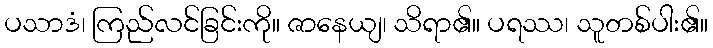
ပသာဒံ၊ ကြည်လင်ခြင်းကို။ ဇာနေယျ၊ သိရာ၏။ ပရဿ၊ သူတစ်ပါး၏။